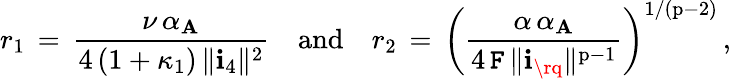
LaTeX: r_{1}\, =\, \frac{\nu\, \alpha_{\mathbf{A}}}{4\, (1+\kappa_{1})\, \| \mathbf{i}_{4}\| ^{2}}{\quad\mathrm{and}\quad}r_{2}\, =\, \left(\frac{\alpha\, \alpha_{\mathbf{A}}}{4\, \mathtt{F}\, \| \mathbf{i}_{\rq}\| ^{\mathrm{p}-1}}\right)^{1/(\mathrm{p}-2)}\, ,